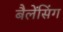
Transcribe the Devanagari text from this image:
बैलेंसिंग